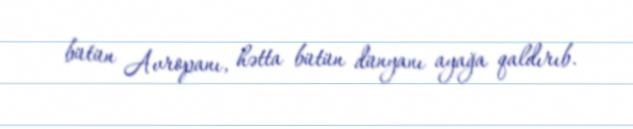
bütün Avropanı, hətta bütün dünyanı ayağa qaldırıb.